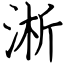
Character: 淅